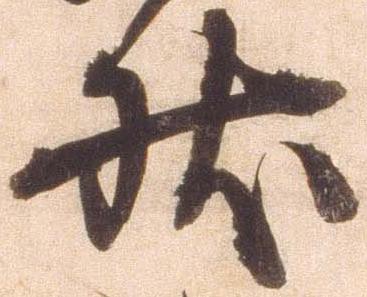
状